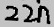
Text: 22n